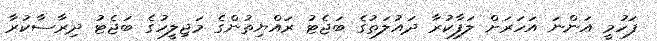
ފަހުމީ އަންނަ އަހަރަށް ލަފާކުރާ ދައުލަތުގެ ބަޖެޓު ރައްޔިތުންގެ މަޖިލީހުގެ ބަޖެޓު ދިރާސާކުރާ